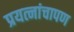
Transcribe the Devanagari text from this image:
प्रयत्नांचापण